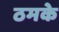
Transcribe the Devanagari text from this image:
ठमके